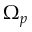
\Omega _ { p }